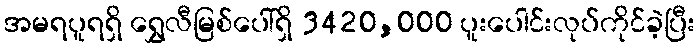
အမရပူရရှိ ရွှေလီမြစ်ပေါ်ရှိ 3420,000 ပူးပေါင်းလုပ်ကိုင်ခဲ့ပြီး